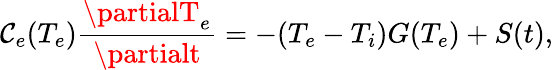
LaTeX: \mathcal{C}_{e}(T_{e})\frac{{\partialT_{e}}}{{\partialt}}=-(T_{e}-T_{i})G(T_{e})+S(t),